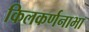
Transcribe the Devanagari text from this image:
किलकर्णनाभा